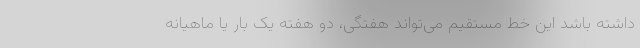
داشته باشد این خط مستقیم می‌تواند هفتگی، دو هفته یک بار یا ماهیانه